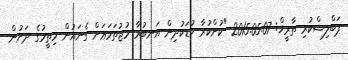
ޕަބްލިޝްކުރި ތާރީޚް: 2015.05.07 "ކުށްކުރާ ކުޑަކުދިން އަނބުރާ މުޖުތަމަޢަށް ގެނައުން މިތީމުގެ ދަށުން